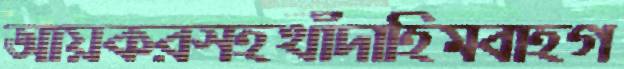
আয়করসহখাঁদাহিমবাহগ